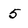
Character: 5